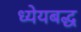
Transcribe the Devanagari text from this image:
ध्येयबद्ध